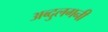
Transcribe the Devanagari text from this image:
अब्दुलगनी